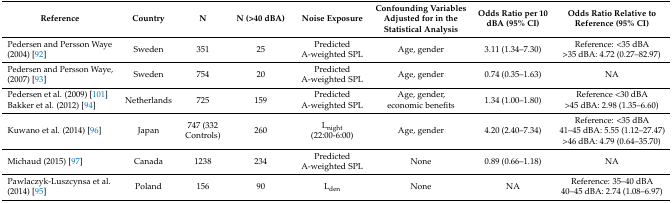
| Reference | Country | N | N (>40 dBA) | Noise Exposure | Confounding Variables Adjusted for in the Statistical Analysis | Odds Ratio per 10 dBA (95% CI) | Odds Ratio Relative to Reference (95% CI) |
 | --- | --- | --- | --- | --- | --- | --- | --- |
 | Pedersen and Persson Waye (2004) [92] | Sweden | 351 | 25 | Predicted A-weighted SPL | Age, gender | 3.11 (1.34–7.30) | Reference: <35 dBA>35 dBA: 4.72 (0.27–82.97) |
 | Pedersen and Persson Waye, (2007) [93] | Sweden | 754 | 20 | Predicted A-weighted SPL | Age, gender | 0.74 (0.35–1.63) | NA |
 | Pedersen et al. (2009) [101]Bakker et al. (2012) [94] | Netherlands | 725 | 159 | Predicted A-weighted SPL | Age, gender, economic benefits | 1.34 (1.00–1.80) | Reference <30 dBA>45 dBA: 2.98 (1.35–6.60) |
 | Kuwano et al. (2014) [96] | Japan | 747 (332 Controls) | 260 | Lnight (22:00-6:00) | Age, gender | 4.20 (2.40–7.34) | Reference: <35 dBA41–45 dBA: 5.55 (1.12–27.47) >46 dBA: 4.79 (0.64–35.70) |
 | Michaud (2015) [97] | Canada | 1238 | 234 | Predicted A-weighted SPL | None | 0.89 (0.66–1.18) | NA |
 | Pawlaczyk-Luszcynsa et al. (2014) [95] | Poland | 156 | 90 | Lden | None | NA | Reference: 35–40 dBA40–45 dBA: 2.74 (1.08–6.97) |